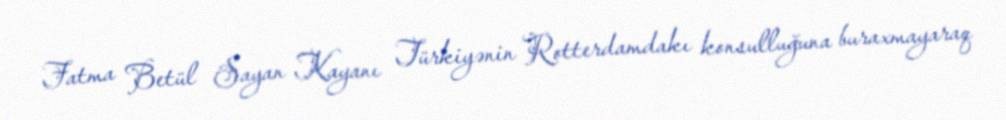
Fatma Betül Sayan Kayanı Türkiyənin Rotterdamdakı konsulluğuna buraxmayaraq